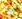
كما